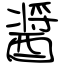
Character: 醤